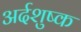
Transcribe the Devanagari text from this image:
अर्दशुष्क